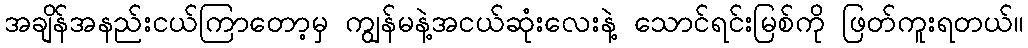
အချိန်အနည်းငယ်ကြာတော့မှ ကျွန်မနဲ့အငယ်ဆုံးလေးနဲ့ သောင်ရင်းမြစ်ကို ဖြတ်ကူးရတယ်။